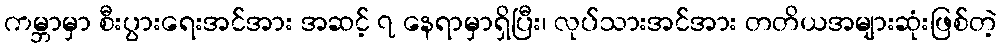
ကမ္ဘာမှာ စီးပွားရေးအင်အား အဆင့် ၇ နေရာမှာရှိပြီး၊ လုပ်သားအင်အား တတိယအများဆုံးဖြစ်တဲ့